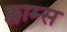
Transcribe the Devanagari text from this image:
क्लाम्स